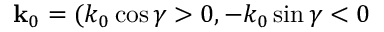
{ \bf k } _ { 0 } = ( k _ { 0 } \cos \gamma > 0 , - k _ { 0 } \sin \gamma < 0